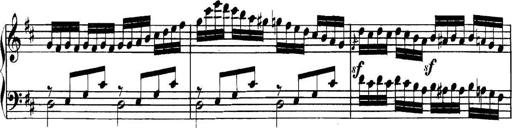
Title: Collected Piano Sonatas
Composer: Muzio Clementi